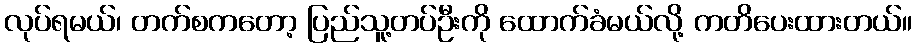
လုပ်ရမယ်၊ တက်စကတော့ ပြည်သူ့တပ်ဦးကို ထောက်ခံမယ်လို့ ကတိပေးထားတယ်။